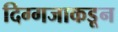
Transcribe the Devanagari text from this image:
दिग्गजाकडून